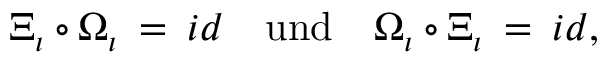
\Xi _ { \iota } \circ \Omega _ { \iota } \: = \: i d \quad \mathrm { u n d } \quad \Omega _ { \iota } \circ \Xi _ { \iota } \: = \: i d ,